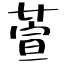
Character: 萱